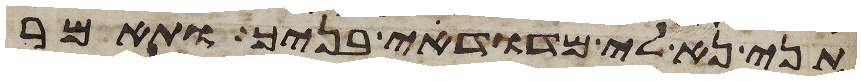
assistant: תני נא לי מדודי בניך ותאמר